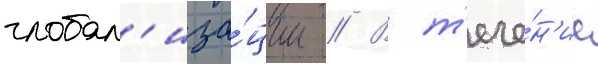
глобал'иза́ции // В т'ече́н'ие